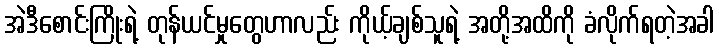
အဲဒီစောင်းကြိုးရဲ့ တုန်ယင်မှုတွေဟာလည်း ကိုယ့်ချစ်သူရဲ့ အတို့အထိကို ခံလိုက်ရတဲ့အခါ